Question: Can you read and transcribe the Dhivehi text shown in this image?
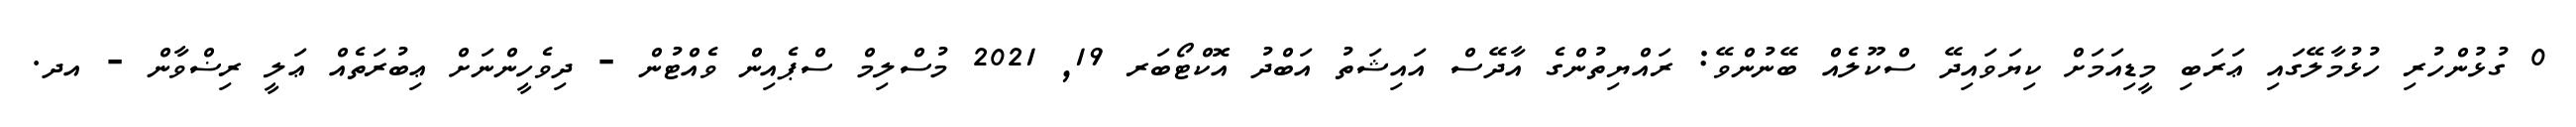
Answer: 0 ގުޅުންހުރި ހުޅުމާލޭގައި ޢަރަބި މީޑިއަމަށް ކިޔަވައިދޭ ސްކޫލެއް ބޭނުންވޭ: ރައްޔިތުންގެ އާދޭސް އައިޝަތު އަބްދު އޮކްޓޯބަރ 19, 2021 މުސްލިމް ސްޕެއިން ވެއްޓުން - ދިވެހީންނަށް ޢިބުރަތެއް ޢަލީ ރިޟްވާން - އދ.